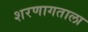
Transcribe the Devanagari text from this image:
शरणागताला